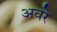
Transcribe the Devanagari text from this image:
अवरे